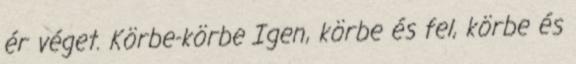
ér véget. Körbe-körbe Igen, körbe és fel, körbe és